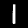
Digit: 1